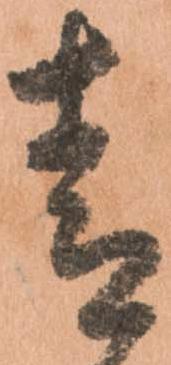
青